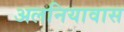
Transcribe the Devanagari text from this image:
अलनियावास